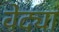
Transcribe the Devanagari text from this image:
वेद्या